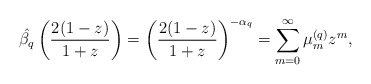
\begin{align*} \hat{\beta_q}\left( \frac{2(1-z)}{1+z} \right) = \left( \frac{2(1-z)}{1+z} \right)^{-\alpha_q} = \sum\limits_{m=0}^{\infty} \mu_{m}^{(q)}z^{m}, \end{align*}